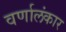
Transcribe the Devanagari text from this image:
वर्णालंकार